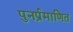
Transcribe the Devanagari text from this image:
पुनर्प्रमाणित